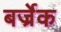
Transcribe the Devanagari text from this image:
बर्ज्रेक